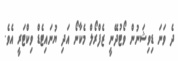
ދެ ވަނަ ޑިވިޝަނުން ވޯޓުދޭނީ ޒެފްރޯލް މެކާނޯ އަދި ޔުނައިޓެޑް ވިކްޓަރީ އެވެ.